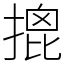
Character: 𢱧